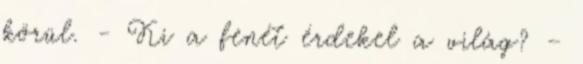
körül. - Ki a fenét érdekel a világ? –